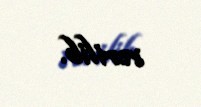
verilib.